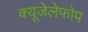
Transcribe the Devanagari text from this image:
क्‍यूजेलेफोप